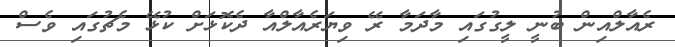
ރެއާލްއިން ބުނީ ލީގުގައި މާދަމާ ރޭ ވިޔަރެއާލްއާ ދެކޮޅަށް ކުޅޭ މެޗުގައި ވެސް